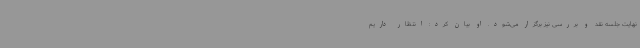
نهایت جلسه نقد و بررسی نیز برگزار می‌شود. او بیان کرد: انتظار داریم